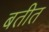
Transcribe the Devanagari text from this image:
बतीत